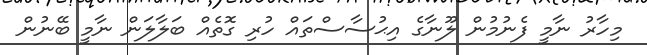
މިހާރު ނާމީ ފެނުމުން ލޫނާގެ އިޙުސާސްތައް ހުރި ގޮތެއް ބަލާލަން ނާމީ ބޭނުން